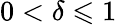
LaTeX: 0<\delta\leqslant 1